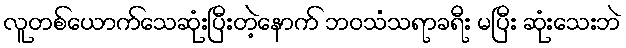
လူတစ်ယောက်သေဆုံးပြီးတဲ့နောက် ဘဝသံသရာခရီး မပြီး ဆုံးသေးဘဲ